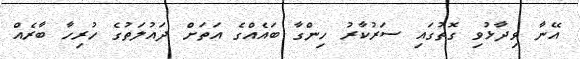
އޭނާ ވިދާޅުވި ގޮތުގައި ސަރުކާރު ހިންގާ ބައެއްގެ އަތަށް ދައުލަތުގެ ހުރިހާ ބާރެއް